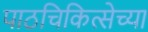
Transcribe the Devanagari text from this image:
पाठचिकित्सेच्या